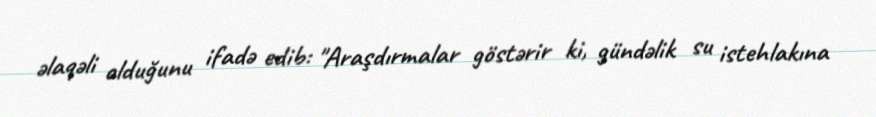
əlaqəli olduğunu ifadə edib: "Araşdırmalar göstərir ki, gündəlik su istehlakına